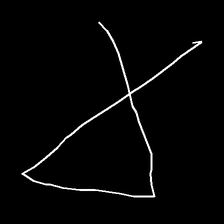
Glyph: collection